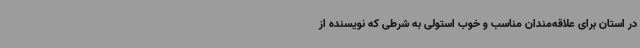
در استان برای علاقه‌مندان مناسب و خوب استولی به شرطی که نویسنده از